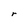
Character: r